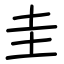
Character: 圭